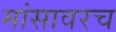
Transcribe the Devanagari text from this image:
मांसावरच